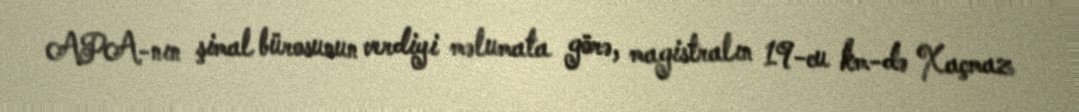
APA-nın şimal bürosunun verdiyi məlumata görə, magistralın 19-cu km-də Xaçmaz